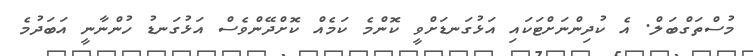
މުސްތަގްބަލް. އެ ކުދިންނަށްޓަކައި އަޅުގަނޑަށްވީ ކޮންމެ ކަމެއް ކޮށްދޭންވެސް އަޅުގަނޑު ހުންނާނީ އަބަދުމެ